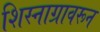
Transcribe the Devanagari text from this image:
शिस्नाग्रावरून